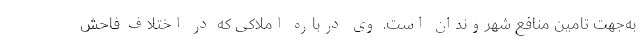
به‌جهت تامین منافع شهروندان است. وی درباره املاکی که در اختلاف فاحش